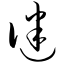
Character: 谜